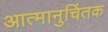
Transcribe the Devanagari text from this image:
आत्मानुचिंतक